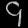
Digit: ၄